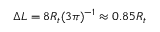
\Delta L = 8 R _ { t } ( 3 \pi ) ^ { - 1 } \approx 0 . 8 5 R _ { t }